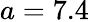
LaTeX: a=7.4